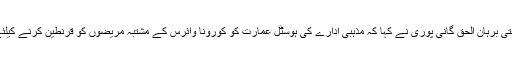
انتظامیہ کو لکھے ایک خط میں غنیة العلوم واقع اکھیر پورہ نامی مدرسہ کے پرنسپل مفتی برہان الحق گانی پوری نے کہا کہ مذہبی ادارے کی ہوسٹل عمارت کو کورونا وائرس کے مشتبہ مریضوں کو قرنطین کرنے کیلئے استعمال کیا جائے گا تاکہ اس مہلک وائرس کو ضلع میں پھیلنے سے روکا جاسکے۔